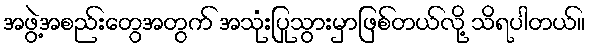
အဖွဲ့အစည်းတွေအတွက် အသုံးပြုသွားမှာဖြစ်တယ်လို့ သိရပါတယ်။